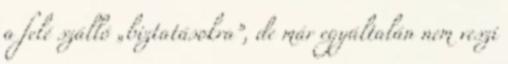
a felé szálló „biztatásokra”, de már egyáltalán nem veszi